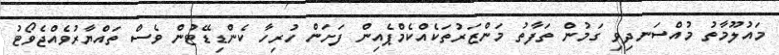
މައުލޫމާތު މުއްސަނދިވި ގަމުން ތަފާތު މަންޒަރުތަކެއްކެމްޕެއިން ފަށަން ހުރިހާ ކެންޑިޑޭޓުން ވެސް ތައްޔާރުވެއްޖެވޯޓު